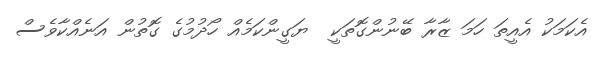
އެކަމަކު އެއީތަ ހަމަ ޒާރާ ބޭނުންގޮތަކީ  ޔަގީންކަމެއް ހޯދުމުގެ ގޮތުން އަނެއްކާވެސް